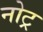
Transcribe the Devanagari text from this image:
नोट्र